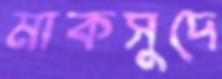
মাকসুদে